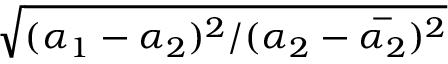
\sqrt { ( \boldsymbol { \alpha _ { 1 } } - \boldsymbol { \alpha _ { 2 } } ) ^ { 2 } / ( \boldsymbol { \alpha _ { 2 } } - \overset { - } { \boldsymbol { \alpha _ { 2 } } } ) ^ { 2 } }